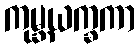
ကုမ္ဘယက္ခကာ